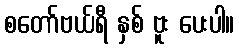
စတော်ဗယ်ရီ နှစ် ဗူး ပေးပါ။